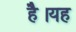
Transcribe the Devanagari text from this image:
हैै।यह